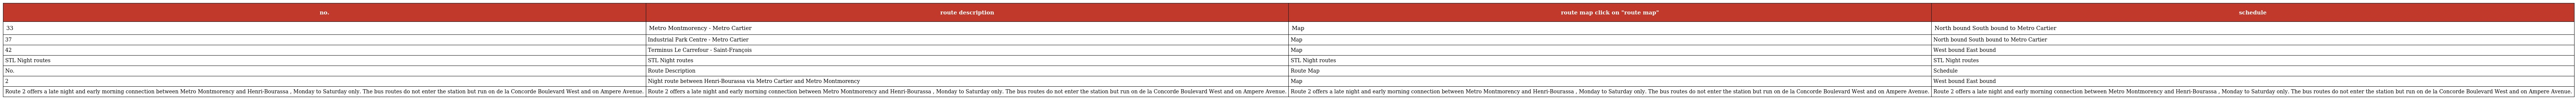
| no. | route description | route map click on "route map" | schedule |
 | --- | --- | --- | --- |
 | 33 | Metro Montmorency - Metro Cartier | Map | North bound South bound to Metro Cartier |
 | 37 | Industrial Park Centre - Metro Cartier | Map | North bound South bound to Metro Cartier |
 | 42 | Terminus Le Carrefour - Saint-François | Map | West bound East bound |
 | STL Night routes | STL Night routes | STL Night routes | STL Night routes |
 | No. | Route Description | Route Map | Schedule |
 | 2 | Night route between Henri-Bourassa via Metro Cartier and Metro Montmorency | Map | West bound East bound |
 | Route 2 offers a late night and early morning connection between Metro Montmorency and Henri-Bourassa , Monday to Saturday only. The bus routes do not enter the station but run on de la Concorde Boulevard West and on Ampere Avenue. | Route 2 offers a late night and early morning connection between Metro Montmorency and Henri-Bourassa , Monday to Saturday only. The bus routes do not enter the station but run on de la Concorde Boulevard West and on Ampere Avenue. | Route 2 offers a late night and early morning connection between Metro Montmorency and Henri-Bourassa , Monday to Saturday only. The bus routes do not enter the station but run on de la Concorde Boulevard West and on Ampere Avenue. | Route 2 offers a late night and early morning connection between Metro Montmorency and Henri-Bourassa , Monday to Saturday only. The bus routes do not enter the station but run on de la Concorde Boulevard West and on Ampere Avenue. |